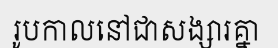
រូបកាលនៅជាសង្សារគ្នា